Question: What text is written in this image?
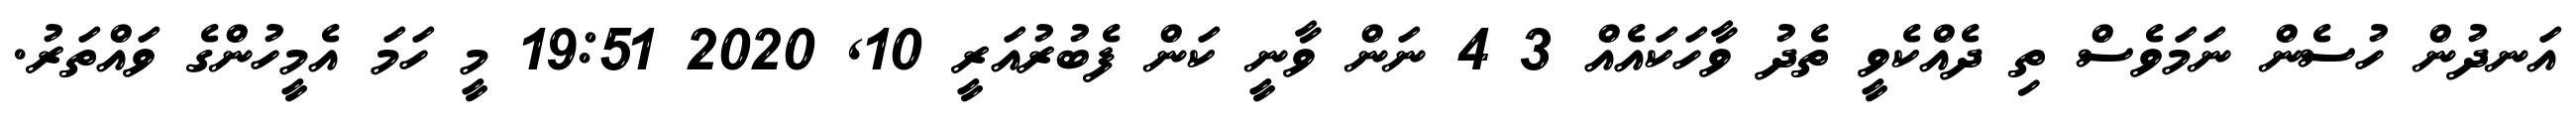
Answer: އަނދުން ހުސެން ނަމަވެސް ތި ދެއްކެވީ ތެދު ވާހަކައެއް 3 4 ނަން ވާނީ ކަން ފެބުރުއަރީ 10, 2020 19:51 މީ ހަމަ އެމީހުންގެ ވައްތަރު.